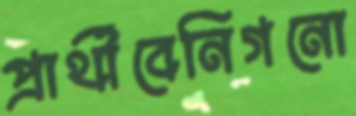
প্রার্থীবেনিগনো